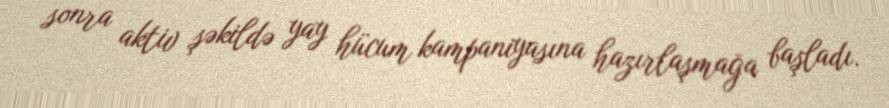
sonra aktiv şəkildə yay hücum kampaniyasına hazırlaşmağa başladı.